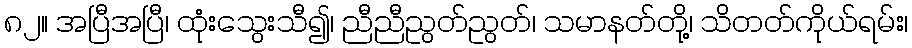
၈၂။ အပြီအပြီ၊ ထုံးသွေးသီ၍၊ ညီညီညွတ်ညွတ်၊ သမာနတ်တို့၊ သိတတ်ကိုယ်ရမ်း၊